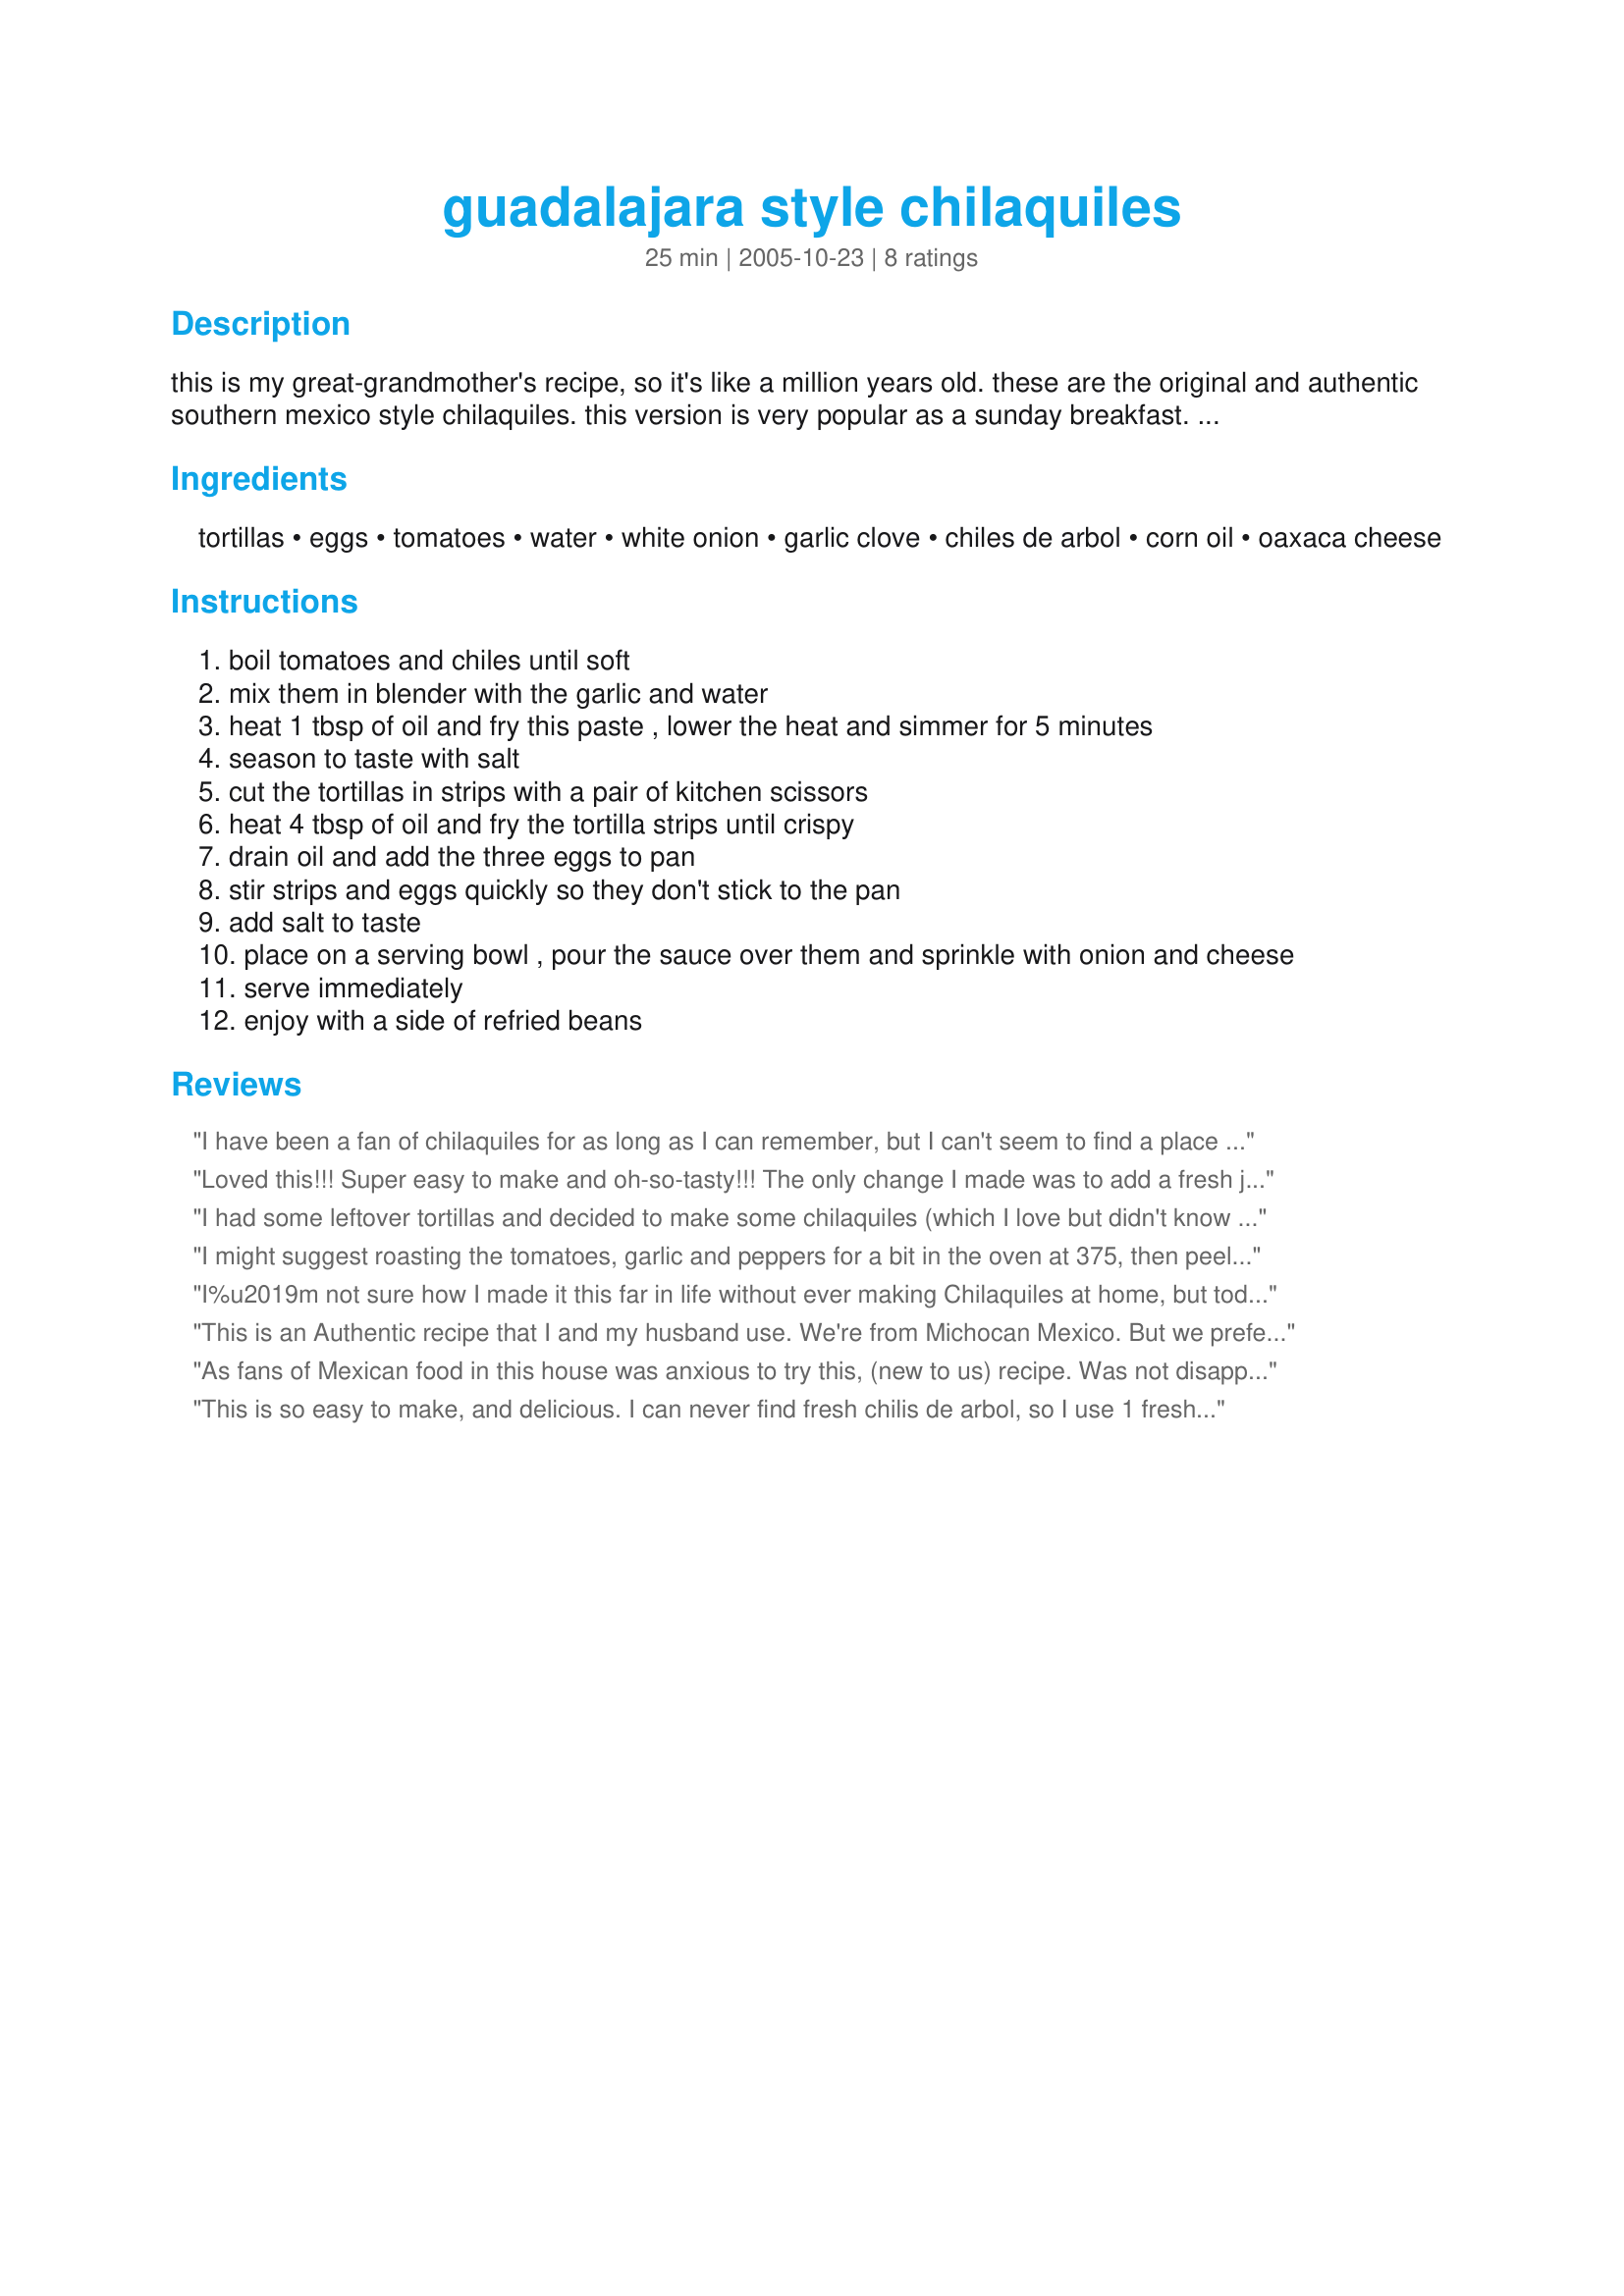
guadalajara style chilaquiles
Preparation time: 25 minutes

this is my great-grandmother's recipe, so it's like a million years old. these are the original and authentic southern mexico style chilaquiles. this version is very popular as a sunday breakfast. believed to cure bad hang-overs.

Ingredients:
tortillas, eggs, tomatoes, water, white onion, garlic clove, chiles de arbol, corn oil, oaxaca cheese

Steps:
boil tomatoes and chiles until soft
mix them in blender with the garlic and water
heat 1 tbsp of oil and fry this paste , lower the heat and simmer for 5 minutes
season to taste with salt
cut the tortillas in strips with a pair of kitchen scissors
heat 4 tbsp of oil and fry the tortilla strips until crispy
drain oil and add the three eggs to pan
stir strips and eggs quickly so they don't stick to the pan
add salt to taste
place on a serving bowl , pour the sauce over them and sprinkle with onion and cheese
serve immediately
enjoy with a side of refried beans

Reviews:
I have been a fan of chilaquiles for as long as I can remember, but I can't seem to find a place that serves the dish I'm expecting. Now we try recipes at home, in hopes of finding the "right" recipe someday. This is the right recipe! The salsa is easy to make, and the directions given helped us perfect the technique of making chilaquiles. Next time, I would use more eggs. Don't forget to add the salt - it makes a difference! We served it with crema Mexicana and cilantro on the side.
Loved this!!! Super easy to make and oh-so-tasty!!! The only change I made was to add a fresh jalapeno, stemmed and seeded, and two cloves of garlic to the water while boiling the tomatoes. Everything went into the blender. I also used the cooking water instead of fresh water at that point. Garnished with Crema and cilantro. Yum! It made more sauce than was needed, but that's ok because adding chopped onion and cilantro will make a yummy salsa for another treat! Next time, I will add more egg, as commented by another reviewer. Thanks for posting! Made for "Help a Naked Recipe 2012".
I had some leftover tortillas and decided to make some chilaquiles (which I love but didn't know how to make them). And they come out super delicious!!! My husband liked them a whole lot also. Will be doing them often. Thanks for the recipe!
I might suggest roasting the tomatoes, garlic and peppers for a bit in the oven at 375, then peel skin for the peppers place in paper bag after removing from oven to help peel skin) and blend after cooling. Flavor really develops that way!
I%u2019m not sure how I made it this far in life without ever making Chilaquiles at home, but today this recipe helped me rectify the situation. I grew up in Texas and I%u2019ve always loved them when going out for breakfast. My boyfriend was introduced to them in Mexico last year and fell in love with them too. Today we made them for brunch and they were super quick and totally awesome!
This is an Authentic recipe that I and my husband use. We're from Michocan Mexico. But we prefer Queso Fresco crumbled on top with the onions when serving. Yum Yum.
As fans of Mexican food in this house was anxious to try this, (new to us) recipe. Was not disappointed. Loaded with the taste of spices but not overly hot spicy. We used green salsa as that's what we had on hand instead of trying to find all the different chilis which can be tough here. We'll be making this again exactly as directed once I can find all the ingredients because it can only be better and that's saying some
This is so easy to make, and delicious. I can never find fresh chilis de arbol, so I use 1 fresh jalapeno and 1 fresh serrano. I make this for my family once a week! Go for homemade refried beans with this recipe, it is worth it.
